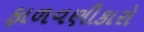
ફાળવણીકારો